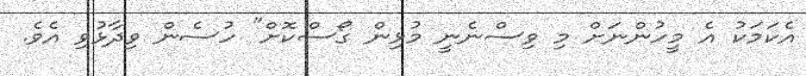
އެކަމަކު އެ މީހުންނަށް މި ވިސްނެނީ މުޅިން ގޯސްކޮށް" ހުސެން ވިދާޅުވި އެވެ.